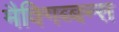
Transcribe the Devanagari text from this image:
मैक्गिब्बन्स